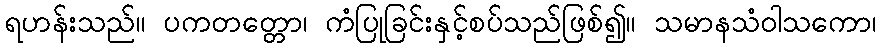
ရဟန်းသည်။ ပကတတ္တော၊ ကံပြုခြင်းနှင့်စပ်သည်ဖြစ်၍။ သမာနသံဝါသကော၊